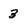
Character: 3